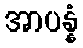
အာပန္နံ